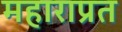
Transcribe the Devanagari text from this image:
महाराप्रत